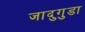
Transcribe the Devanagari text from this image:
जादुगुडा